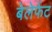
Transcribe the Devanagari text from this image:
बेलेफेंट